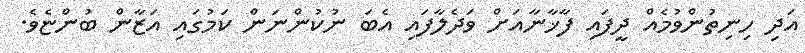
އަދި ހިނިތުންވުމެއް ދީފައި ފާޚާނާއަށް ވަދެލާފައި އެބަ ނުކުންނަން ކަމުގައި އަޒާން ބުންޏެވެ.